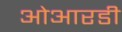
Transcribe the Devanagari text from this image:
ओआरडी